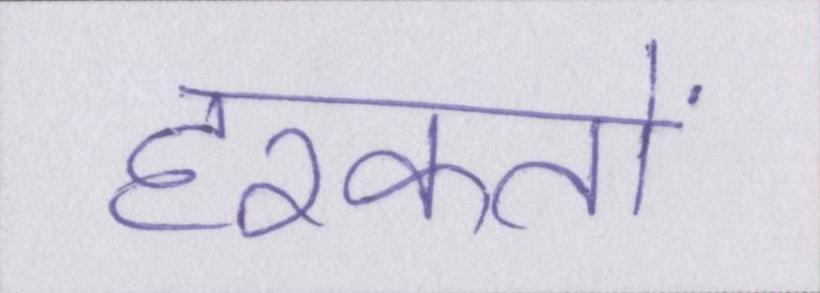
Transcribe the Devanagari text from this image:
हरकतों